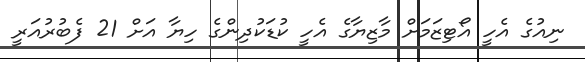
ނިއުގެ އެހީ އޯޓިޒަމަށް މާޒިޔާގެ އެހީ ކުޑަކުދިންގެ ހިޔާ އަށް 21 ފެބުރުއަރީ